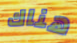
هناك